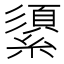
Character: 𦅓